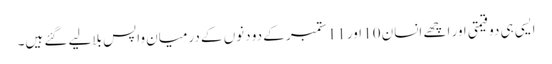
ایسی ہی دو قیمتی اور اچھے انسان 10 اور 11 ستمبر کے دو دنوں کے درمیان واپس بلالیے گئے ہیں۔